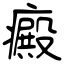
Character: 癜